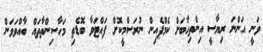
ވަނީ އަންނަ ރިޔާސީ އިންތިހާބަށް ކެމްޕެއިން ނުރަސްމީކޮށް ފައްޓަވާ ބޮޑެތި މަހާސިންތާތައް ބާއްވަވަން